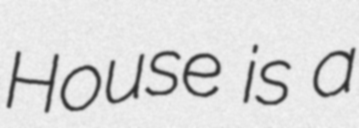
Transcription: House is a